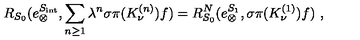
R _ { S _ { 0 } } ( e _ { \otimes } ^ { S _ { \mathrm { i n t } } } , \sum _ { n \geq 1 } \lambda ^ { n } \sigma \pi ( K _ { \nu } ^ { ( n ) } ) f ) = R _ { S _ { 0 } } ^ { N } ( e _ { \otimes } ^ { S _ { 1 } } , \sigma \pi ( K _ { \nu } ^ { ( 1 ) } ) f ) \ ,